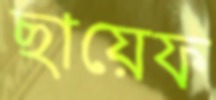
ছায়েফ